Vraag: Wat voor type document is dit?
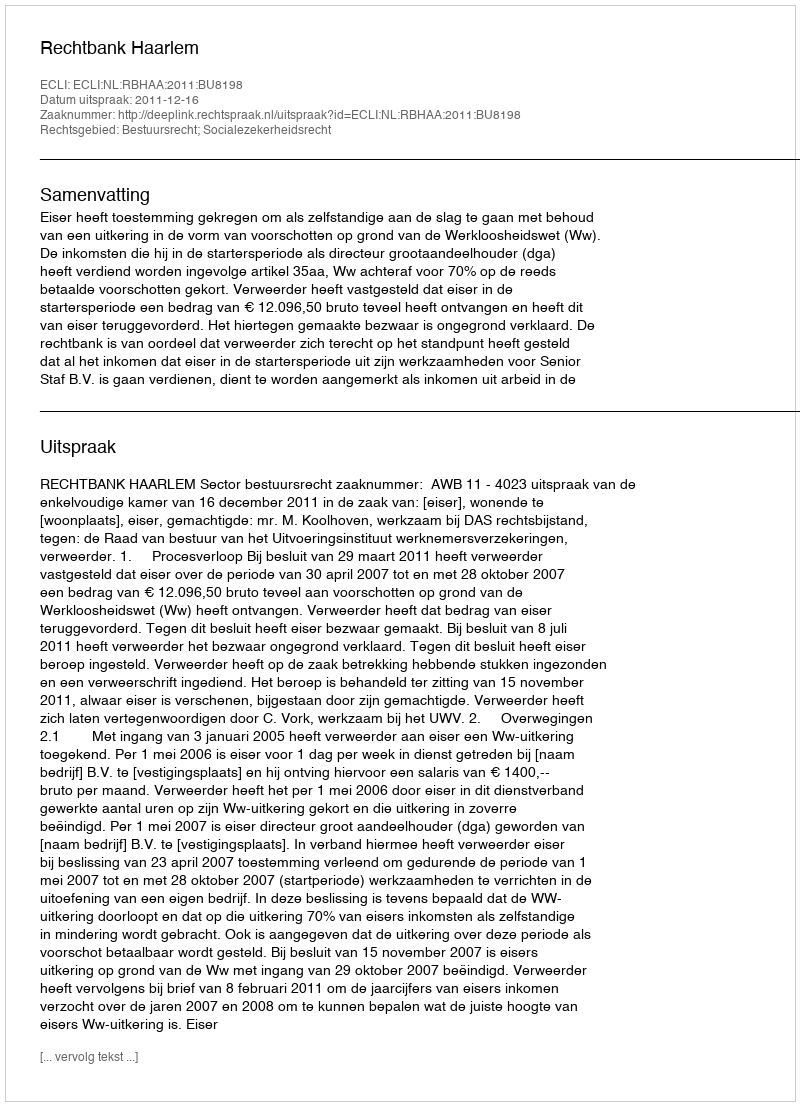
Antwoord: Uitspraak